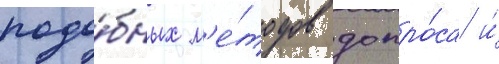
подо́бных м'е́тодов допро́са и́